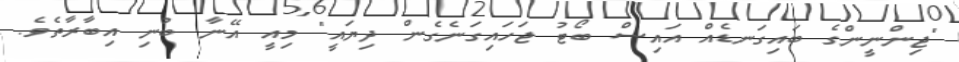
"ޖިންނީންގެ ބައިގަނޑެއް އައިސް ބޯޓު ޖަހައިގަނެގެން ދިޔައީ" މިއީ އޭނާ ބުނި އިބާރާތެވެ.